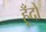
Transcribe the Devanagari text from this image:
हूँदो